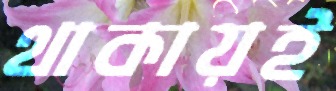
থাকায়ই